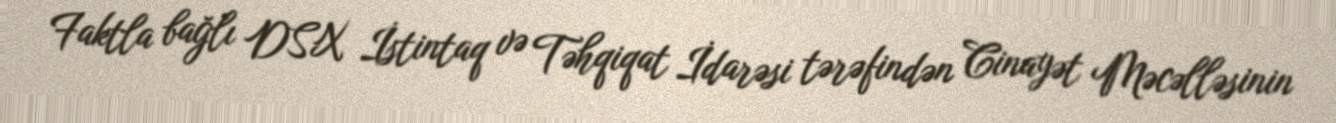
Faktla bağlı DSX İstintaq və Təhqiqat İdarəsi tərəfindən Cinayət Məcəlləsinin